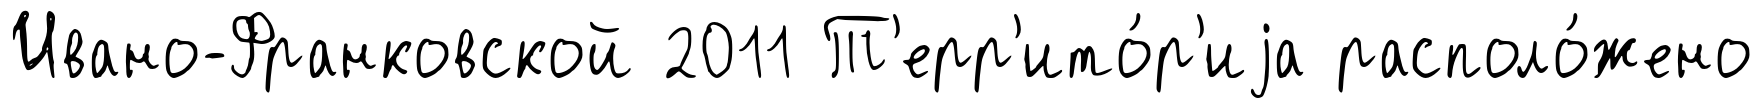
Ивано-Франковской 2011 Т'ерр'ито́р'иjа располо́жено